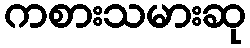
ကစားသမားဆု